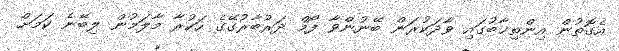
އެގޮތުން އިންތިޚާބުގައި ވާދަކުރަން ބޭނުންވާ ފޯމް ދަރުބާރުގޭގެ ހަކުރާ މާލަމުން ލިބޭނެ ކަމަށް